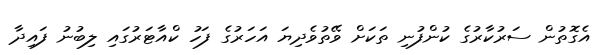
އެގޮތުން ސަރުކާރުގެ ކުންފުނި ތަަކަށް ވޭތުވެދިޔަ އަހަރުގެ ފަހު ކްއާޓަރުގައި ލިބުނު ފައިދާ